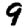
Digit: 9